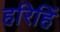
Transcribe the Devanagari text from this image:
हरिहिं